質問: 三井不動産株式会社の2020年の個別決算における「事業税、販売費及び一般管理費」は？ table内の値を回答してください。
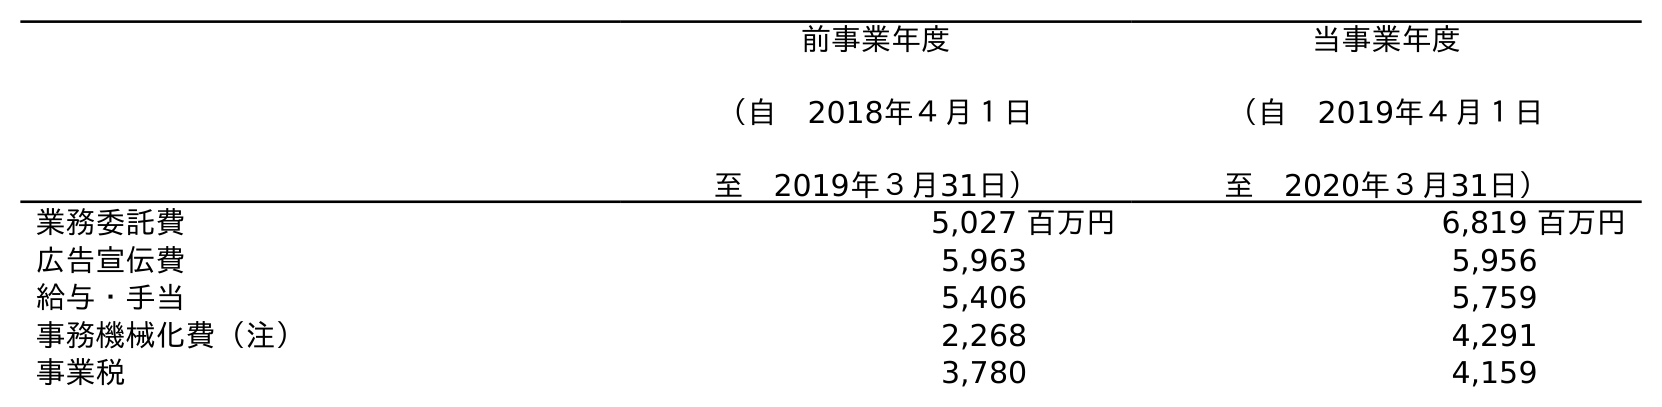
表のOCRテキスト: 前事業年度 （自 2018年４月１日 至 2019年３月31日） 当事業年度 （自 2019年４月１日 至 2020年３月31日） 業務委託費 5,027 百万円 6,819 百万円 広告宣伝費 5,963 5,956 給与・手当 5,406 5,759 事務機械化費（注） 2,268 4,291 事業税 3,780 4,159
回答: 4,159